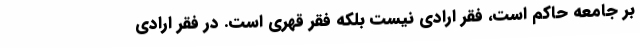
بر جامعه حاکم است، فقر ارادی نیست بلکه فقر قهری است. در فقر ارادی